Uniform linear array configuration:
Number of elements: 12
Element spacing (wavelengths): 1
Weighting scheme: binomial
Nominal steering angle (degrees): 15
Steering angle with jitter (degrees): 14.184
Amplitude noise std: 0.05
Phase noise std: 0.05

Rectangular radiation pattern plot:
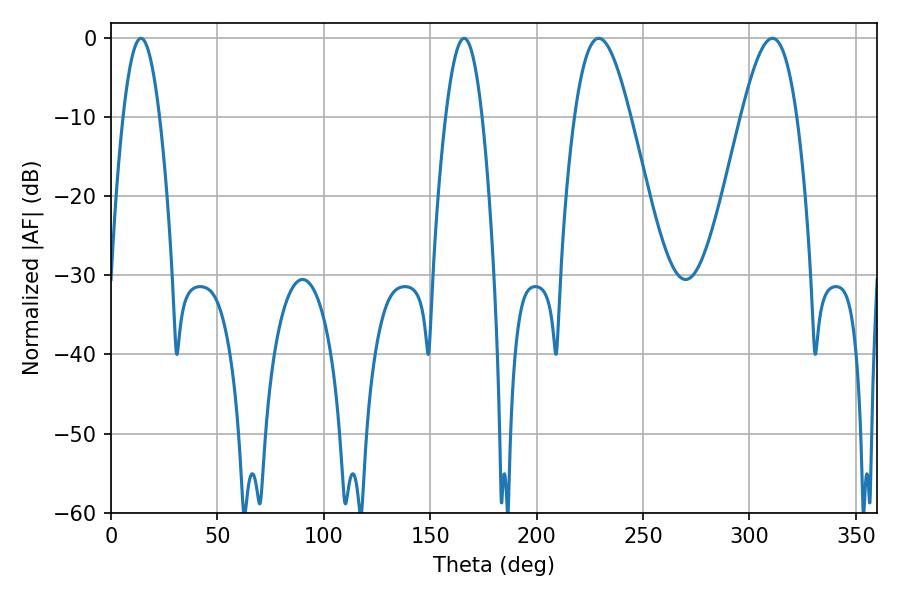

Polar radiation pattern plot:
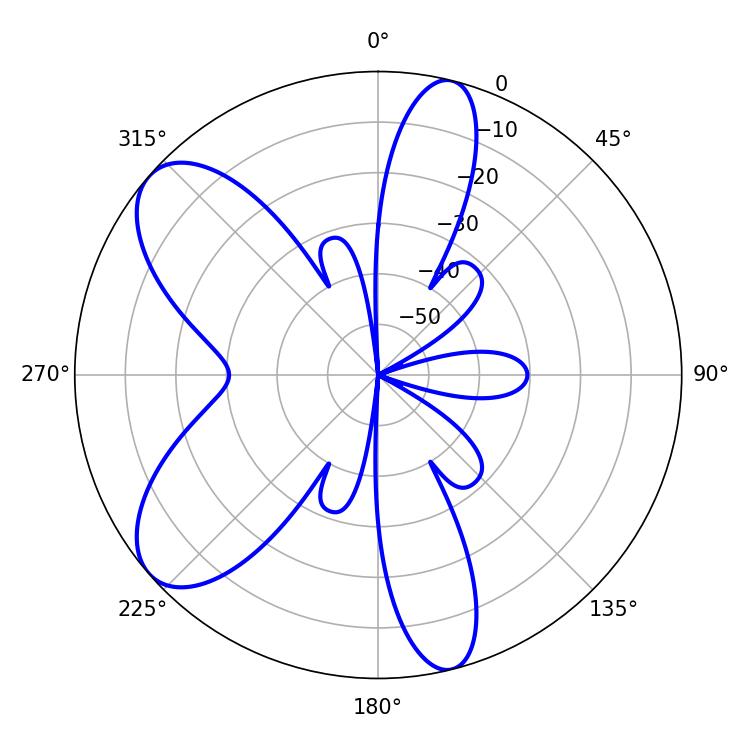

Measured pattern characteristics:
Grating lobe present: TRUE
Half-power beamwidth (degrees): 14.04
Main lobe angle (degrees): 229.14